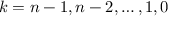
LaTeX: k = n - 1 , n - 2 , \ldots , 1 , 0